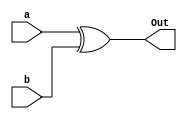
module xor_gate
(
    input a, 
    input b, 
    output Out
);

    assign Out = a ^ b;

endmodule